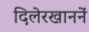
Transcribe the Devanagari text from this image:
दिलेरखाननें